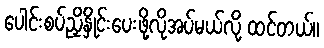
ပေါင်းစပ်ညှိနှိုင်းပေးဖို့လိုအပ်မယ်လို့ ထင်တယ်။